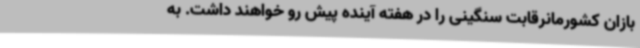
بازان کشورمانرقابت سنگینی را در هفته آینده پیش رو خواهند داشت. به